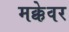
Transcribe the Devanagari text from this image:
मक्केवर